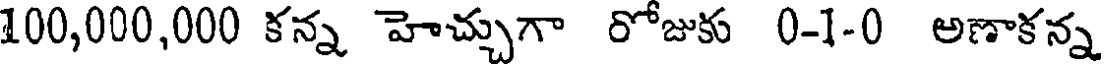
100,000,000 కన్న హెచ్చుగా రోజుకు 0-1-0 అణాకన్న